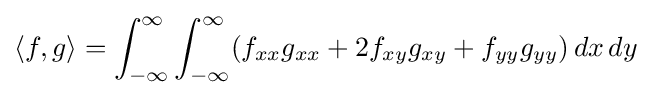
\langle f,g\rangle =\int _{-\infty }^{\infty }\int _{-\infty }^{\infty }(f_{xx}g_{xx}+2f_{xy}g_{xy}+f_{yy}g_{yy})\,dx\,dy